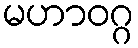
မဟာဝဂ္ဂ